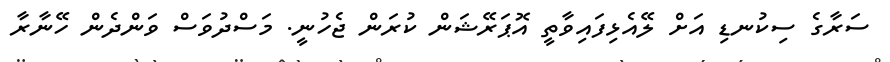
ސަރާގެ ސިކުނޑި އަށް ލޭއެޅިފައިވާތީ އޮޕަރޭޝަން ކުރަން ޖެހުނީ. މަސްދުވަސް ވަންދެން ހޭނާރާ